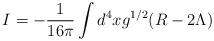
LaTeX: \begin{align*}I = -{1\over 16\pi} \int d^4x g^{1/2}(R-2\Lambda )\end{align*}